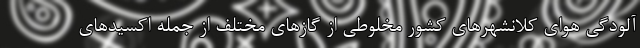
آلودگی هوای کلانشهرهای کشور مخلوطی از گازهای مختلف از جمله اکسیدهای